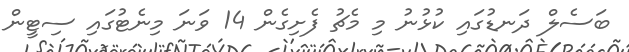
ބަސެލް ދަނޑުގައި ކުޅުނު މި މެޗު ފެށިގެން 14 ވަނަ މިނެޓުގައި ސިޓީން